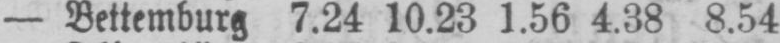
- Bettemburg 7.24 10.23 1.56 4.38 8.54